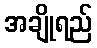
အချိုရည်